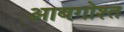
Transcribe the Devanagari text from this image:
आबगोश्त